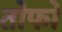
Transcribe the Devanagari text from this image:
तोफो